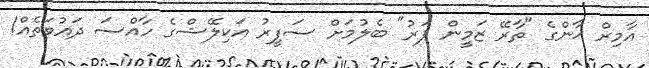
އާމިރް ޚާންގެ "ތާރޭ ޒަމީން ޕަރު" ބެލުމަށް ސަފީރު އަކިލޭޝްގެ ހާއްސަ ދައުވަތެއް!